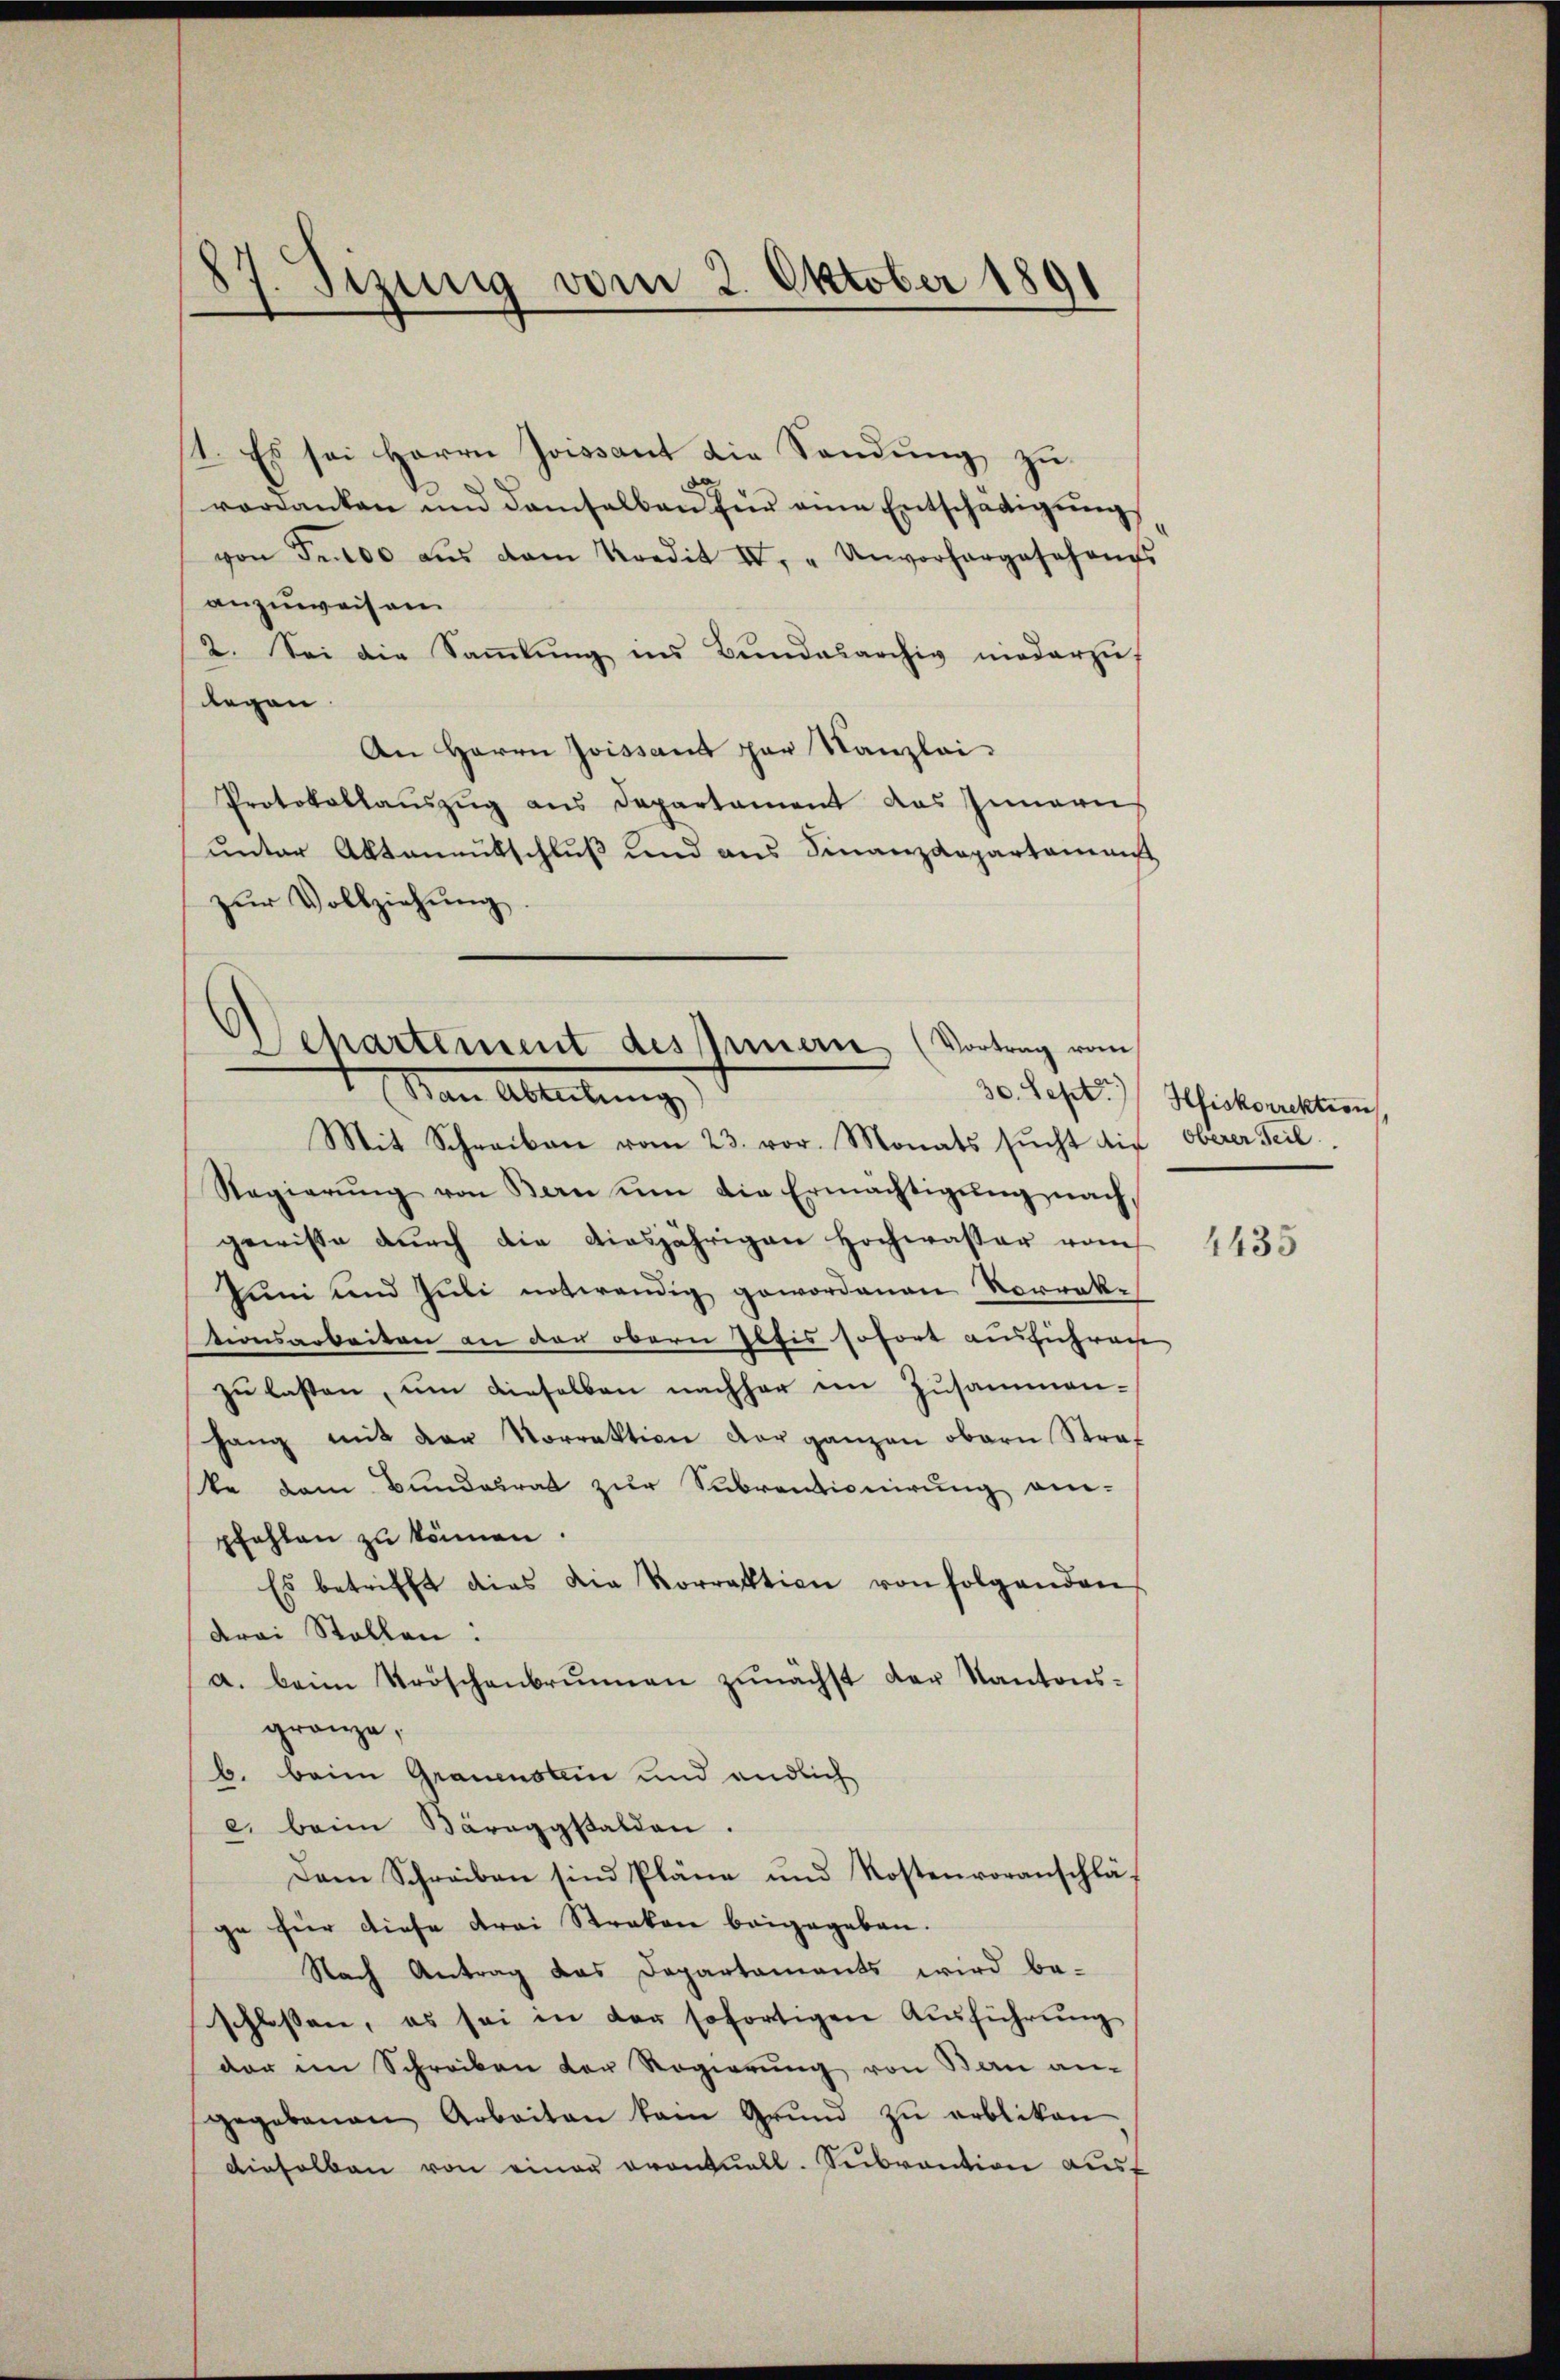
57. Sizung vom 2. Oktober 1891

I. Es sei Herrn Joissant die Sandung zu
verdanken und demselben für eine Entschädigŭng
von Fr. 800 aŭs dem Kredit IV, "Unvorhergesehenes
anzuweisen
2. Sei die Sammlung ins Bundesarchiv niederzuf
legen
An Herrn Joissant par Kanzlei
Protokollauszug aus Departament des Innern
unter Aktanentschluß und aus Finanzdepartamenst
zŭr Vollziehung

Wehartement des Innern (Vortrag vom
Man Abteilung

Mit Schreiben vom 23. vor. Monats sŭcht die oberer Seil
Regierŭng von Kern ŭm die Ermächtigŭng nach
gewisse durch die diesjährigen Hochwasser vom
Juni und Juli notwendig gewordenen Vorrektionsarbeiten an der obern Iltis sofort aussichrecht
zu lassen, um dieselben nachher im Zusammengang mit der Norrektion der ganzen obern Stras
ste dem Bundesrat zur Subventionirung an-
pfehlen zu können.
Es betrifft dies die Korrektion von folgenden
drei Stollen.
a. beim Kröschenbrunnen zŭnächst der Kantons-
gränze,
b. beim Grauenstein und endlich
c. beim Bäroggsalden.
Dem Schreiben sind Pläne und Kostenvoranschläge für diese drei Strakon beigegeben.
Nach Antrag das Departaments wird be-
schlossen, es sei in der sofortigen Ausführung
der im Schreiben der Regierung von Bau an-
gegebenen Arbeiten kain Grŭnd zŭ erbliken
dieselben von einer eventuell-Subvention ausf

30. Sept. Hiskorrektion

4435